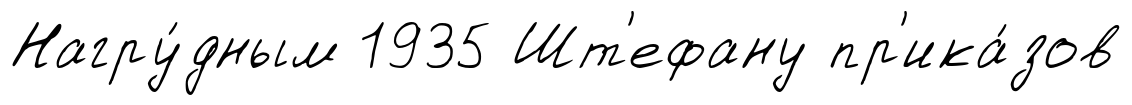
Нагру́дным 1935 Шт'ефану пр'ика́зов